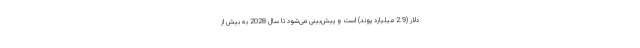
دلار (2.9 میلیارد پوند) است و پیش‌بینی می‌شود تا سال 2028 به بیش از